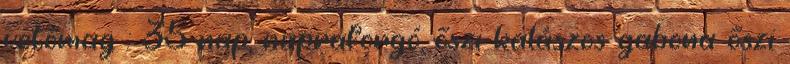
vetőmag : 35 nap, napraforgó, őszi kalászos gabona őszi